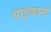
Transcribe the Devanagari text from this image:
वाइकातो